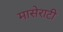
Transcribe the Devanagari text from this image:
मासेराटी